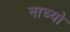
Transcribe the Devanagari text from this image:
नाच्यो